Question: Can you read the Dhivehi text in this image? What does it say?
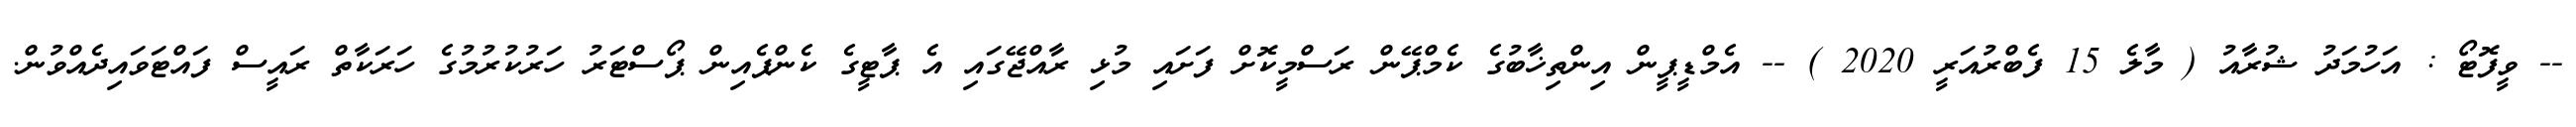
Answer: -- ވީފޮޓޯ : އަހުމަދު ޝުރާއު ( މާލެ 15 ފެބްރުއަރީ 2020 ) -- އެމްޑީޕީން އިންތިޚާބުގެ ކެމްޕޭން ރަސްމީކޮށް ފަށައި މުޅި ރާއްޖޭގައި އެ ޕާޓީގެ ކެންޕެއިން ޕޯސްޓަރު ހަރުކުރުމުގެ ހަރަކާތް ރައީސް ފައްޓަވައިދެއްވުން.